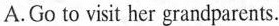
A. Go to visit her grandparents.